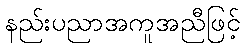
နည်းပညာအကူအညီဖြင့်